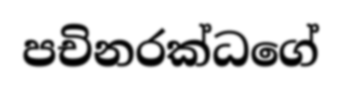
පචිනරක්ධගේ